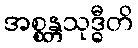
အစ္စန္တသုဒ္ဓီတိ